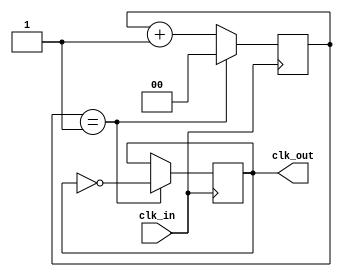
module Frequency_Synthesizer_clock_divider (
    input wire clk_in,  // High-frequency input clock signal
    output reg clk_out   // Lower frequency output signal
);

parameter DIVISION_RATIO = 2;  // Predetermined division ratio

reg [DIVISION_RATIO-1:0] count;

always @(posedge clk_in) begin
    if (count == DIVISION_RATIO - 1) begin
        count <= 0;
        clk_out <= ~clk_out;  // Toggle output signal
    end else begin
        count <= count + 1;
    end
end

endmodule